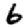
Digit: 6